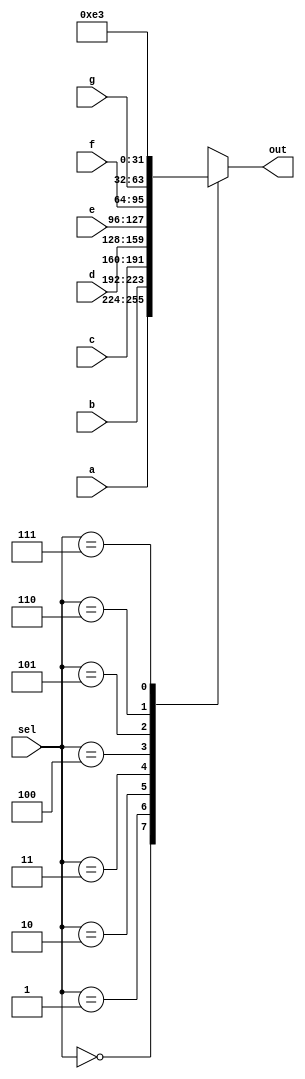
module mux_memtoreg(input wire [31:0] a,
                     input wire [31:0] b,
                     input wire [31:0] c,
                     input wire [31:0] d,
                     input wire [31:0] e,
                     input wire [31:0] f,
                     input wire [31:0] g,
                     input wire [2:0] sel,
                     output reg [31:0] out
                     );
  
  always@(*) begin
    case (sel)
      3'b000: out = a;
      3'b001: out = b;
      3'b010: out = c;
      3'b011: out = d;
      3'b100: out = e;
      3'b101: out = f;
      3'b110: out = g;
      3'b111: out = 32'd227; //227 em binario
    endcase
  end
endmodule